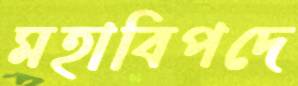
মহাবিপদে